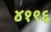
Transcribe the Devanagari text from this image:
४१९६